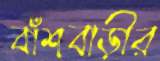
বাঁশবাড়ীর